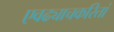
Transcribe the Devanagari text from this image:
एवढ्याचकरितां